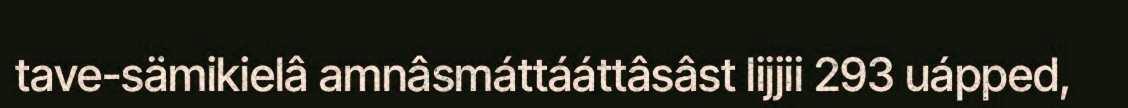
tave-sämikielâ amnâsmáttááttâsâst lijjii 293 uápped,